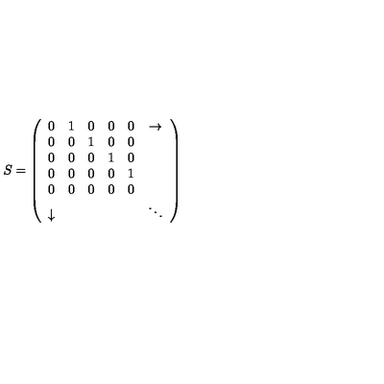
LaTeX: S = \left( \begin{array} { c c c c c c } { 0 } & { 1 } & { 0 } & { 0 } & { 0 } & { \rightarrow } \\ { 0 } & { 0 } & { 1 } & { 0 } & { 0 } & { } \\ { 0 } & { 0 } & { 0 } & { 1 } & { 0 } & { } \\ { 0 } & { 0 } & { 0 } & { 0 } & { 1 } & { } \\ { 0 } & { 0 } & { 0 } & { 0 } & { 0 } & { } \\ { \downarrow } & { } & { } & { } & { } & { \ddots } \\ \end{array} \right)